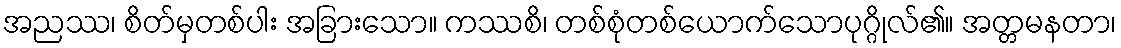
အညဿ၊ စိတ်မှတစ်ပါး အခြားသော။ ကဿစိ၊ တစ်စုံတစ်ယောက်သောပုဂ္ဂိုလ်၏။ အတ္တမနတာ၊